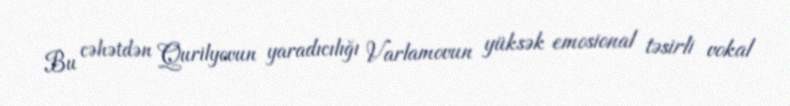
Bu cəhətdən Qurilyovun yaradıcılığı Varlamovun yüksək emosional təsirli vokal